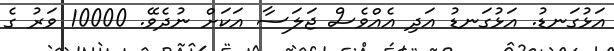
އަޅުގަނޑު. އަޅުގަނޑު އަދި އެއްވެސް ޖަލަސާ އަކަށް ނުދެވޭ. 10000 ވަރު ގެ